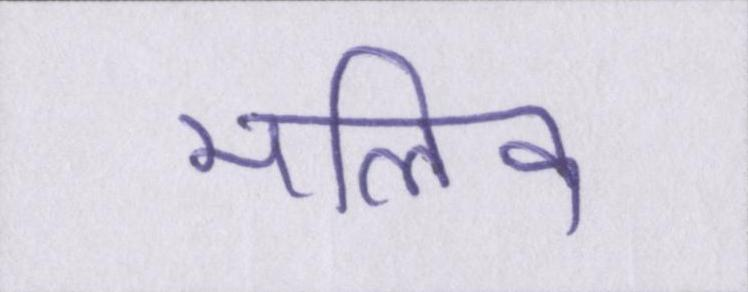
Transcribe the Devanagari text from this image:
मलिक